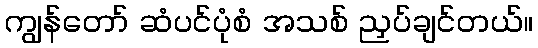
ကျွန်တော် ဆံပင်ပုံစံ အသစ် ညှပ်ချင်တယ်။